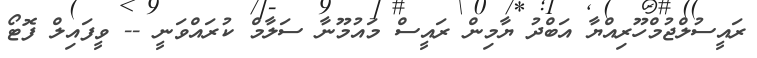
ރައީސުލްޖުމްހޫރިއްޔާ އަބްދު ޔާމިން ރައީސް މައުމޫނާ ސަލާމް ކުރައްވަނީ -- ވީފައިލް ފޮޓޯ